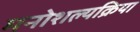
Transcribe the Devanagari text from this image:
मनोशल्यक्रिया